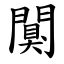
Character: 闃